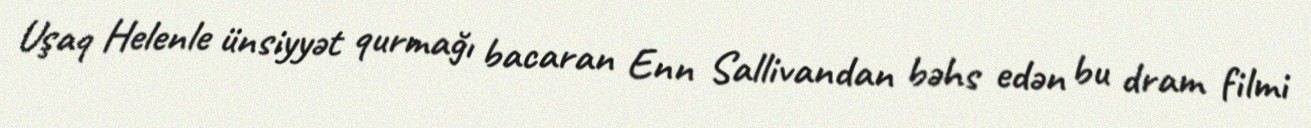
Uşaq Helenle ünsiyyət qurmağı bacaran Enn Sallivandan bəhs edən bu dram filmi